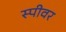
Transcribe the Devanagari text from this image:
स्पीवर